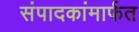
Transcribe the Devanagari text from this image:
संपादकांमार्फत